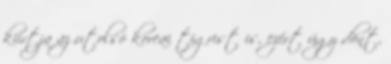
kiirtja az utolsó koreai tigrist is, ezért úgy dönt,